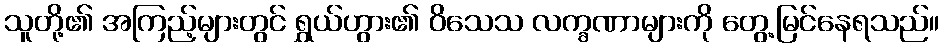
သူတို့၏ အကြည့်များတွင် ရွှယ်ဟွား၏ ဝိသေသ လက္ခဏာများကို တွေ့မြင်နေရသည်။